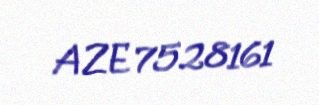
AZE 7528161